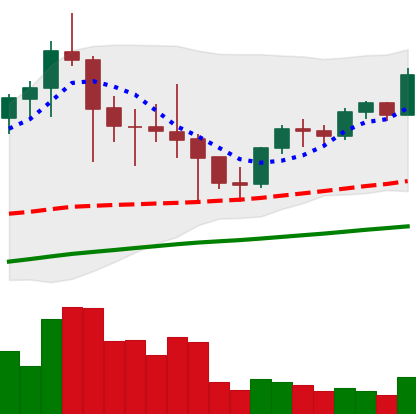
Ticker: LTC-USD
Chart end date: 2021-05-03
Forward return: 17.531%
Label: up_7plus